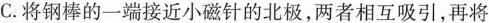
C.将钢棒的一端接近小磁针的北极，两者相互吸引，再将